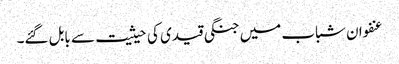
عنفوان شباب میں جنگی قیدی کی حیثیت سے بابل گئے۔